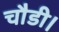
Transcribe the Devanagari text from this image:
चौडी।